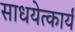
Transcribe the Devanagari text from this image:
साधयेत्कार्यं